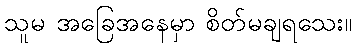
သူမ အခြေအနေမှာ စိတ်မချရသေး။